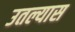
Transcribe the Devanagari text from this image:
उतल्यास